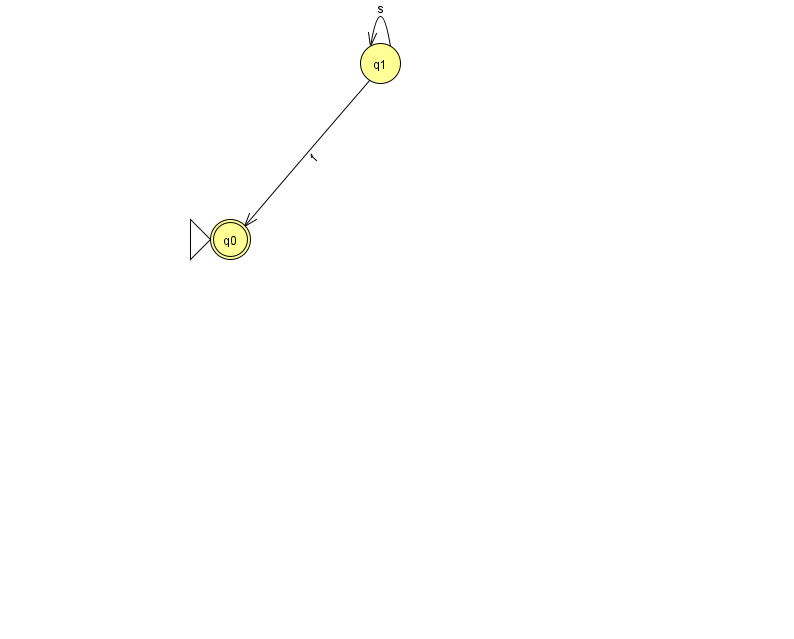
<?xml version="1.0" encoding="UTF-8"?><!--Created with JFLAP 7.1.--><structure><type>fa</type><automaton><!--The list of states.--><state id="0" name="q0"><x>230.0</x><y>226.0</y><initial/><final/></state><state id="1" name="q1"><x>380.0</x><y>50.0</y></state><!--The list of transitions.--><transition><from>1</from><to>1</to><read>s</read></transition><transition><from>1</from><to>0</to><read>f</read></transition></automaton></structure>